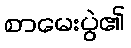
စာမေးပွဲ၏